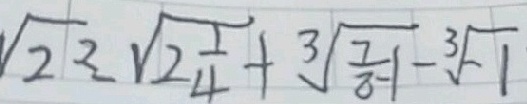
\sqrt { 2 ^ { 2 } } - \sqrt { 2 \frac { 1 } { 4 } } + \sqrt [ 3 ] { \frac { 7 } { 8 } - 1 } - \sqrt [ 3 ] { - 1 }